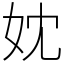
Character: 妉